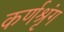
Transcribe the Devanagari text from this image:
कर्णश्रृंग